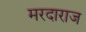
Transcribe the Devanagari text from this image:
मरदाराज